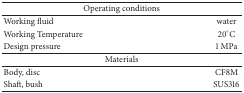
<table><thead><tr><td colspan="2"><b>Operating conditions</b></td></tr></thead><tbody><tr><td>Working fluid</td><td>water</td></tr><tr><td>Working Temperature</td><td>20°C</td></tr><tr><td>Design pressure</td><td>1 MPa</td></tr><tr><td colspan="2">Materials</td></tr><tr><td>Body, disc</td><td>CF8M</td></tr><tr><td>Shaft, bush</td><td>SUS316</td></tr></tbody></table>